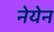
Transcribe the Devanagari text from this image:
नेयेन